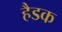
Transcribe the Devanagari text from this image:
हैडक